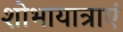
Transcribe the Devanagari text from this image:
शोभायात्राएं